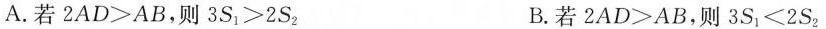
A.若 $$2 A D > A B$$，则 $$3 S _ { 1 } > 2 S _ { 2 }$$ B.若 $$2 A D > A B$$，则 $$3 S _ { 1 }＜ 2 S _ { 2 }$$